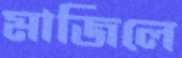
মাজিলে